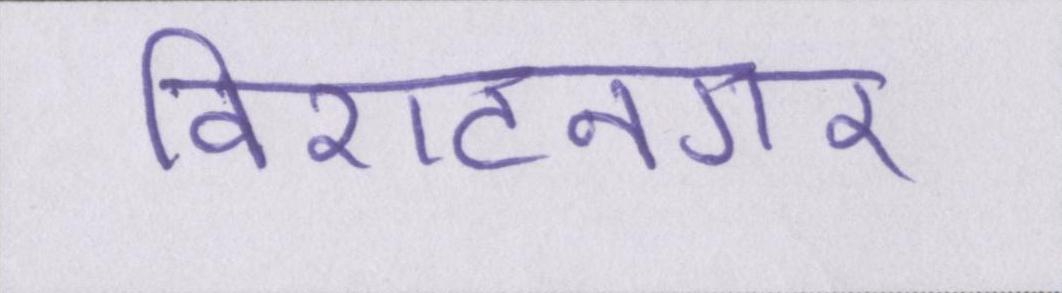
विराटनगर